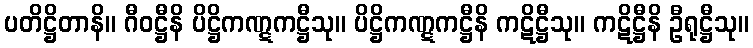
ပတိဋ္ဌိတာနိ။ ဂီဝဋ္ဌီနိ ပိဋ္ဌိကဏ္ဋကဋ္ဌီသု။ ပိဋ္ဌိကဏ္ဋကဋ္ဌီနိ ကဋိဋ္ဌီသု။ ကဋိဋ္ဌီနိ ဦရုဋ္ဌီသု။